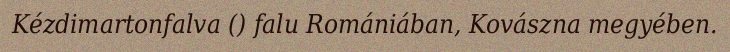
Kézdimartonfalva () falu Romániában, Kovászna megyében.